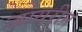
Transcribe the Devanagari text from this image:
जायरीन